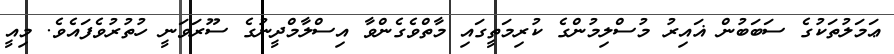
ޢަމަލުތަކުގެ ސަބަބުން ޣައިރު މުސްލިމުންގެ ކުރިމަތީގައި މާތްވެގެންވާ އިސްލާމްދީނުގެ ސޫރަވަނީ ހުތުރުވެފައެވެ. މިއީ